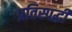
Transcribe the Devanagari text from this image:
प्रतिस्‍पर्द्धी